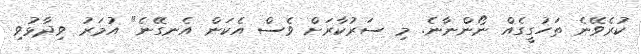
ކުރެވޭނެ ތަހުގީގެއް ނޯންނާނެ. މި ސަރުކާރަށް ވެސް އެކަން އެނގޭނެ" އުމަރު ވިދާޅުވި